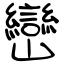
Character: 巒